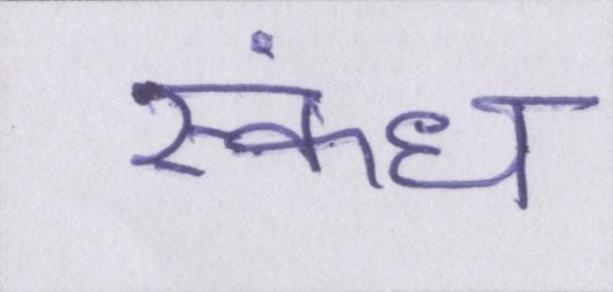
स्कंध